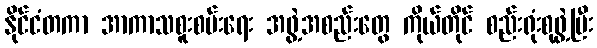
နိုင်ငံတကာ အာကာသစူးစမ်းရေး အဖွဲ့အစည်းတွေ ကိုယ်တိုင် စည်းရုံးစုဖွဲ့ပြီး